Source: Handwritten
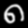
Digit: ၈ (8)